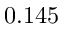
0 . 1 4 5